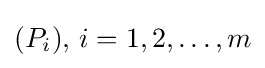
(P_{i}),\,i=1,2,\ldots ,m